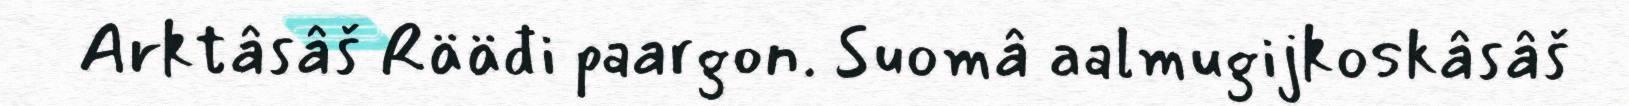
Arktâsâš Rääđi paargon. Suomâ aalmugijkoskâsâš